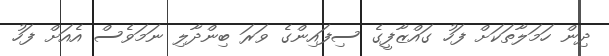
ދިން ހަމަލާތަކަށް ފަހު ގައްޒާފީގެ ސިފައިންގެ ވަރަ ބިންދާލި ނަމަވެސް އެއަށް ފަހު